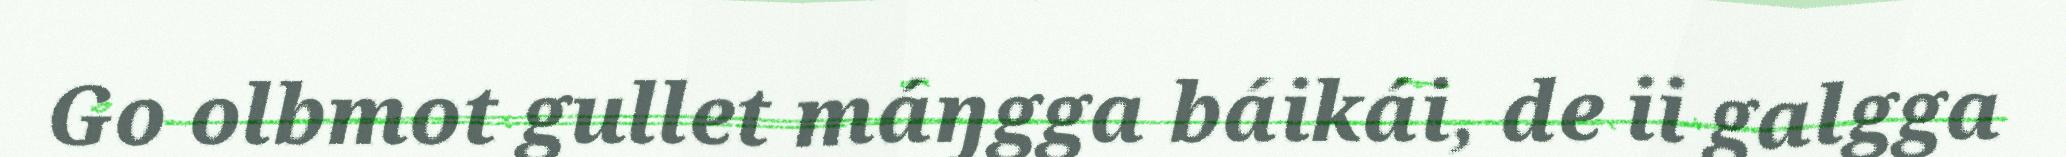
Go olbmot gullet máŋgga báikái, de ii galgga